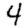
Digit: 4